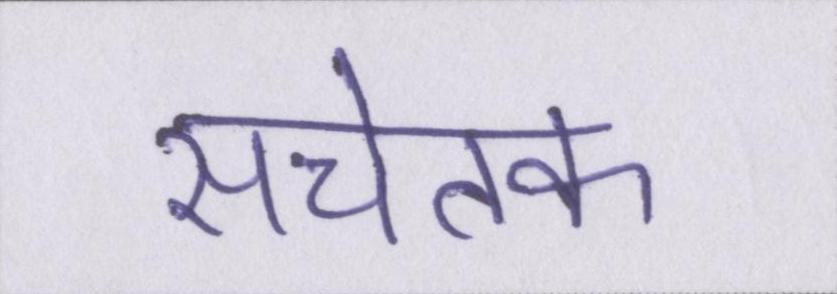
सचेतक